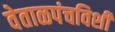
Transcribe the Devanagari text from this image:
वेताळपंचविशी